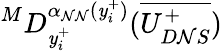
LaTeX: ^MD_{\mathit{y}_{i}^{+}}^{\alpha_{\mathcal{N}\mathcal{N}}(\mathit{y}_{i}^{+})}(\overline{{{U_{D\mathcal{N}S}^{+}}}})